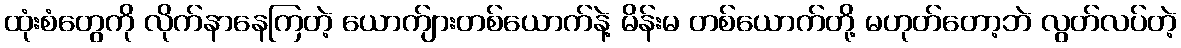
ထုံးစံတွေကို လိုက်နာနေကြတဲ့ ယောက်ျားတစ်ယောက်နဲ့ မိန်းမ တစ်ယောက်တို့ မဟုတ်တော့ဘဲ လွတ်လပ်တဲ့